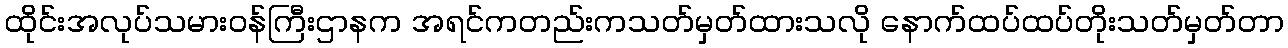
ထိုင်းအလုပ်သမားဝန်ကြီးဌာနက အရင်ကတည်းကသတ်မှတ်ထားသလို နောက်ထပ်ထပ်တိုးသတ်မှတ်တာ